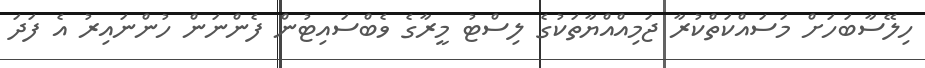
ހިލޭސާބަހަށް މަސައްކަތްކުރާ ޖަމިއްއްޔާތަކުގެ ލިސްޓު މީރާގެ ވެބްސައިޓުން ފެންނަން ހުންނައިރު އެ ފަދަ